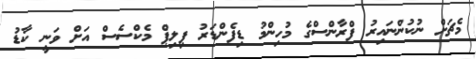
މެޗަށް ނުކުންނައިރު ފްރާންސްގެ މުހިންމު ޑިފެންޑަރު ފިލިޕް މެކްސެސް އަށް ވަނީ ކާޑު